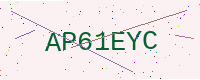
Text: AP61EYC